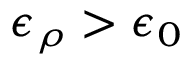
\epsilon _ { \rho } > \epsilon _ { 0 }